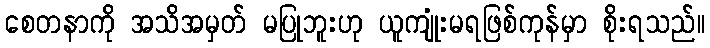
စေတနာကို အသိအမှတ် မပြုဘူးဟု ယူကျုံးမရဖြစ်ကုန်မှာ စိုးရသည်။